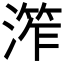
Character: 𱨙